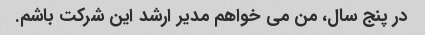
در پنج سال، من می خواهم مدیر ارشد این شرکت باشم.